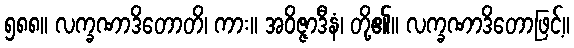
၅၈၈။ လက္ခဏာဒိတောတိ၊ ကား။ အဝိဇ္ဇာဒီနံ၊ တို့၏။ လက္ခဏာဒိတောဖြင့်။